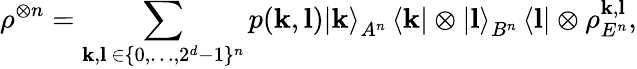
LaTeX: \rho^{\otimes n}=\sum_{\mathbf{k},\mathbf{l}~\in\{ 0,\dots,2^{d}-1\} ^{n}}p(\mathbf{k},\mathbf{l})\left\vert\mathbf{k}\right\rangle_{A^{n}}\left\langle\mathbf{k}\right\vert\otimes\left\vert\mathbf{l}\right\rangle_{B^{n}}\left\langle\mathbf{l}\right\vert\otimes\rho_{E^{n}}^{\mathbf{k},\mathbf{l}},